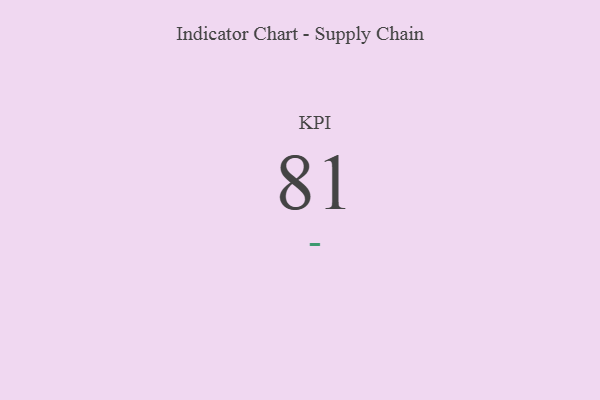
{"axis": {"x": "KPI", "y": "Value"}, "legend": [""], "data": [{"x": "KPI", "y": 81, "type": ""}]}